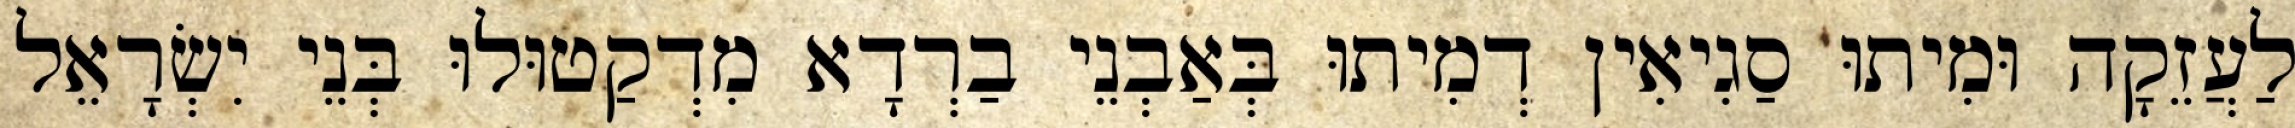
לַעֲזֵקָה וּמִיתוּ סַגִיאִין דְמִיתוּ בְּאַבְנֵי בַרְדָא מִדְקַטוּלוּ בְּנֵי יִשְׂרָאֵל